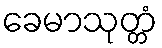
ခေမာသုတ္တံ